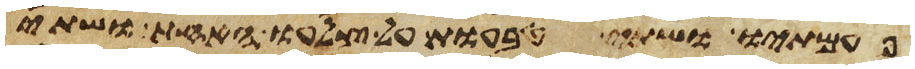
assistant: פעמתיו ושתי טבעות על צלעו האחד ושתי